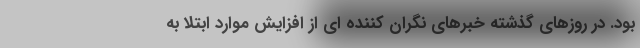
بود. در روزهای گذشته خبرهای نگران کننده ای از افزایش موارد ابتلا به